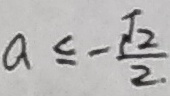
a \leq - \frac { \sqrt { 2 } } { 2 }